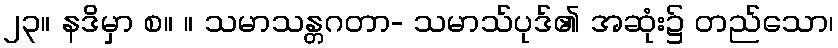
၂၃။ နဒိမှာ စ။ ။ သမာသန္တဂတာ- သမာသ်ပုဒ်၏ အဆုံး၌ တည်သော၊